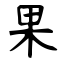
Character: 果